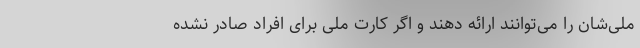
ملی‌شان را می‌توانند ارائه دهند و اگر کارت ملی برای افراد صادر نشده